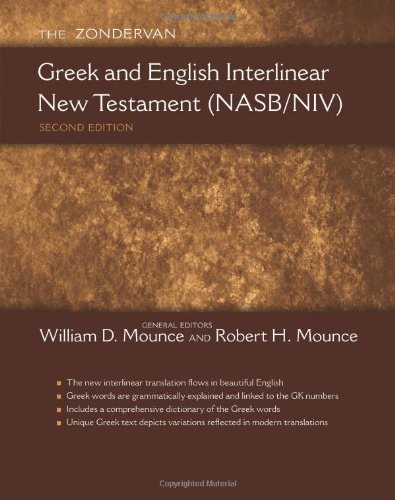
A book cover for The Zondervan Greek and English Interlinear New Testament (NASB/NIV); Reference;